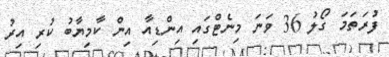
ފުރަތަމަ ގޯލު 36 ވަނަ މިނެޓްގައި އިންޑިއާ އިން ކާމިޔާބު ކުރި އިރު